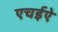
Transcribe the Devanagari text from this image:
एचईऐ